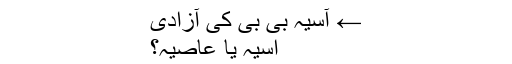
← آسیہ بی بی کی آزادی
آسیہ یا عاصیہ؟